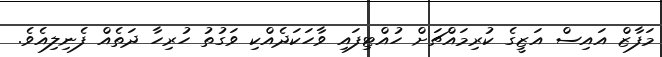
މަފާޒް އައިސް އަޒީގެ ކުރިމައްޗަށް ހުއްޓިފައި ވާހަކަދެއްކި ވަގުތު ހުރިހާ ދަތެއް ފެނިލިއެވެ.